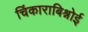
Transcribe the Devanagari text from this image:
चिंकाराबिश्नोई